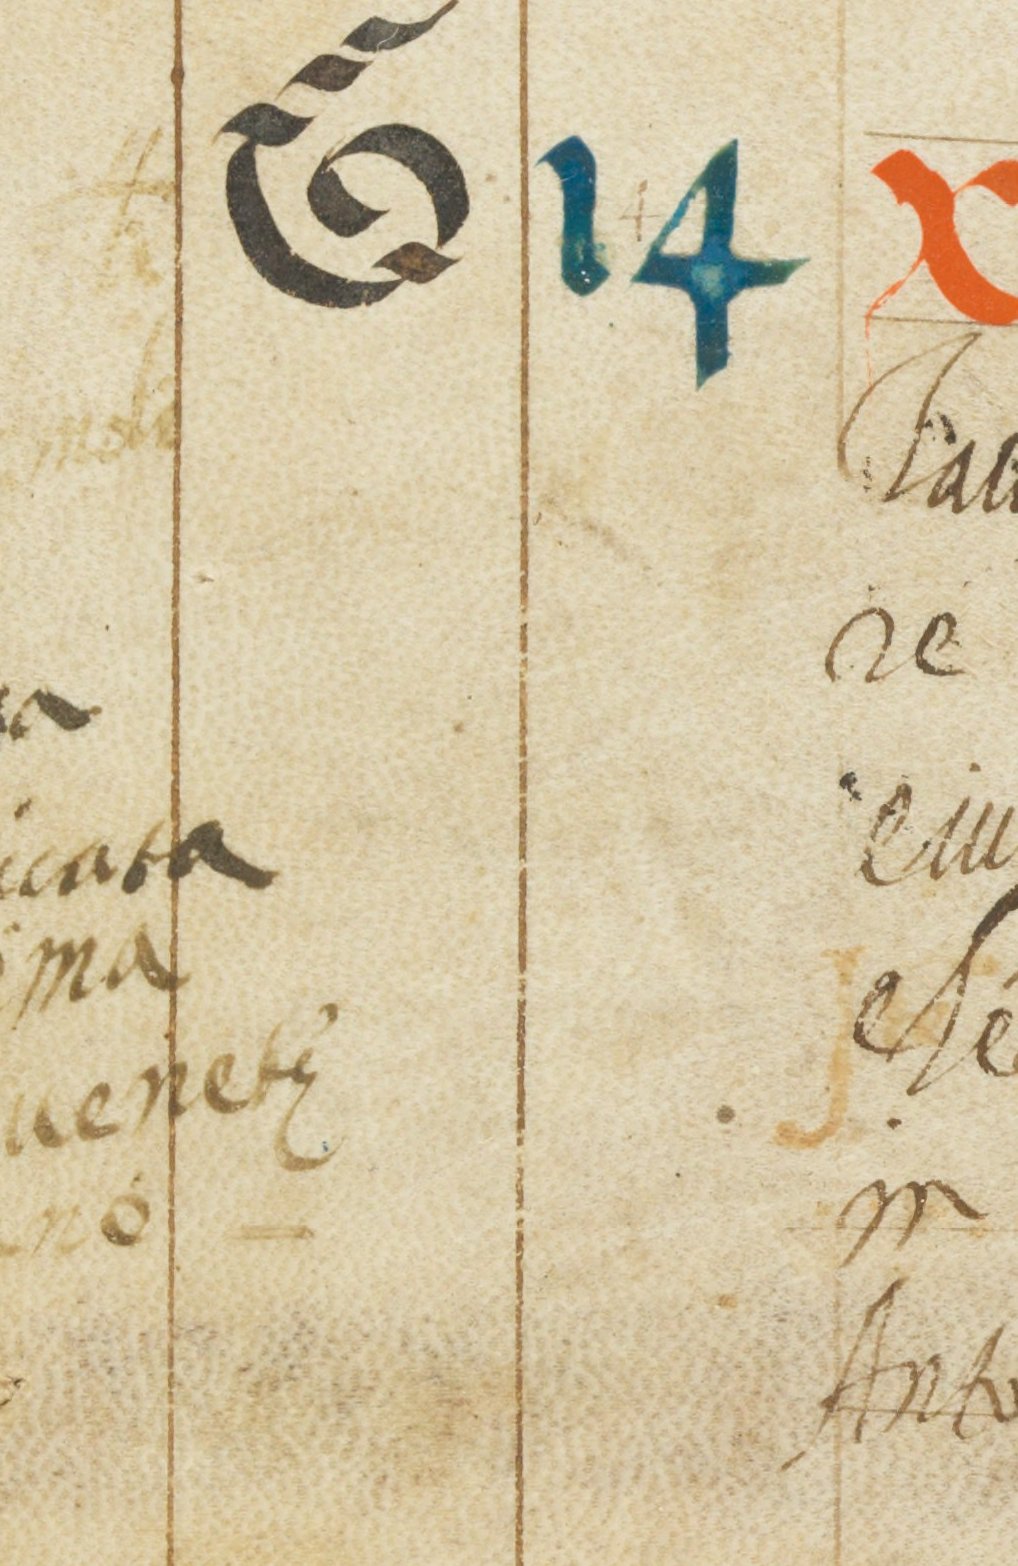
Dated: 1545–1555